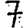
Digit: 7